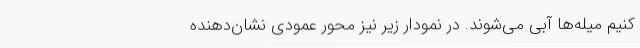
کنیم میله‌ها آبی می‌شوند. در نمودار زیر نیز محور عمودی نشان‌دهنده